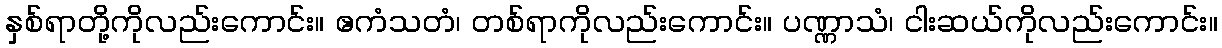
နှစ်ရာတို့ကိုလည်းကောင်း။ ဧကံသတံ၊ တစ်ရာကိုလည်းကောင်း။ ပဏ္ဏာသံ၊ ငါးဆယ်ကိုလည်းကောင်း။